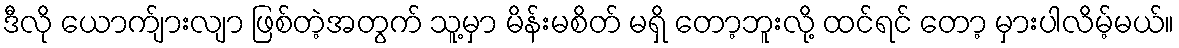
ဒီလို ယောက်ျားလျာ ဖြစ်တဲ့အတွက် သူ့မှာ မိန်းမစိတ် မရှိ တော့ဘူးလို့ ထင်ရင် တော့ မှားပါလိမ့်မယ်။